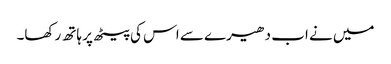
میں نے اب دھیرے سے اس کی پیٹھ پر ہاتھ رکھا۔